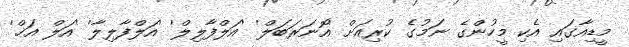
މީޑިއާގައި އެކި މީހުންގެ ނަމުގެ ކުރިއަށް 'އޮނަރަބަލް' 'އަލްފާލިލް' 'އަލްފާލިލާ' 'އަލް އަޚް'